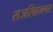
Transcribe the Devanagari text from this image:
राजसिंहनगर